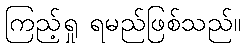
ကြည့်ရှု ရမည်ဖြစ်သည်။